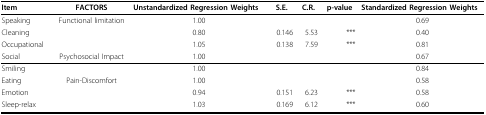
<table><thead><tr><td><b>Item</b></td><td><b>FACTORS</b></td><td><b>Unstandardized Regression Weights</b></td><td><b>S.E.</b></td><td><b>C.R.</b></td><td><b>p-value</b></td><td><b>Standardized Regression Weights</b></td></tr></thead><tbody><tr><td>Speaking</td><td>Functional limitation</td><td>1.00</td><td></td><td></td><td></td><td>0.69</td></tr><tr><td>Cleaning</td><td></td><td>0.80</td><td>0.146</td><td>5.53</td><td>***</td><td>0.40</td></tr><tr><td>Occupational</td><td></td><td>1.05</td><td>0.138</td><td>7.59</td><td>***</td><td>0.81</td></tr><tr><td>Social</td><td>Psychosocial Impact</td><td>1.00</td><td></td><td></td><td></td><td>0.67</td></tr><tr><td>Smiling</td><td></td><td>1.00</td><td></td><td></td><td></td><td>0.84</td></tr><tr><td>Eating</td><td>Pain-Discomfort</td><td>1.00</td><td></td><td></td><td></td><td>0.58</td></tr><tr><td>Emotion</td><td></td><td>0.94</td><td>0.151</td><td>6.23</td><td>***</td><td>0.58</td></tr><tr><td>Sleep-relax</td><td></td><td>1.03</td><td>0.169</td><td>6.12</td><td>***</td><td>0.60</td></tr></tbody></table>